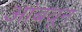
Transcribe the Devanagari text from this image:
आंबवून